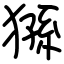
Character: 猻